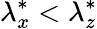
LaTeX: {\lambda}_{x}^{*}<{\lambda}_{z}^{*}